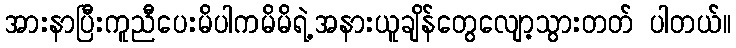
အားနာပြီးကူညီပေးမိပါကမိမိရဲ့အနားယူချိန်တွေလျော့သွားတတ် ပါတယ်။